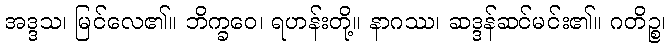
အဒ္ဒသ၊ မြင်လေ၏။ ဘိက္ခဝေ၊ ရဟန်းတို့။ နာဂဿ၊ ဆဒ္ဒန်ဆင်မင်း၏။ ဂတိဉ္စ၊